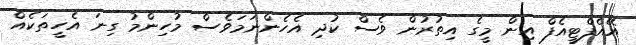
އޭއެފްޓީއެފް އިން މީގެ އިތުރުން ވެސް ކުދި އެހެންނަމަވެސް މުހިންމު ގިނަ އެހީތަކެއް